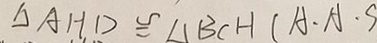
\Delta A H D \cong \Delta B C H ( A \cdot A \cdot S